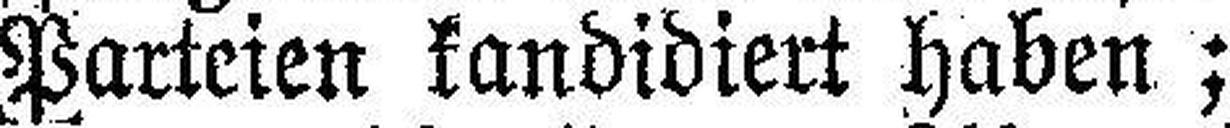
Parteien kandidiert haben;